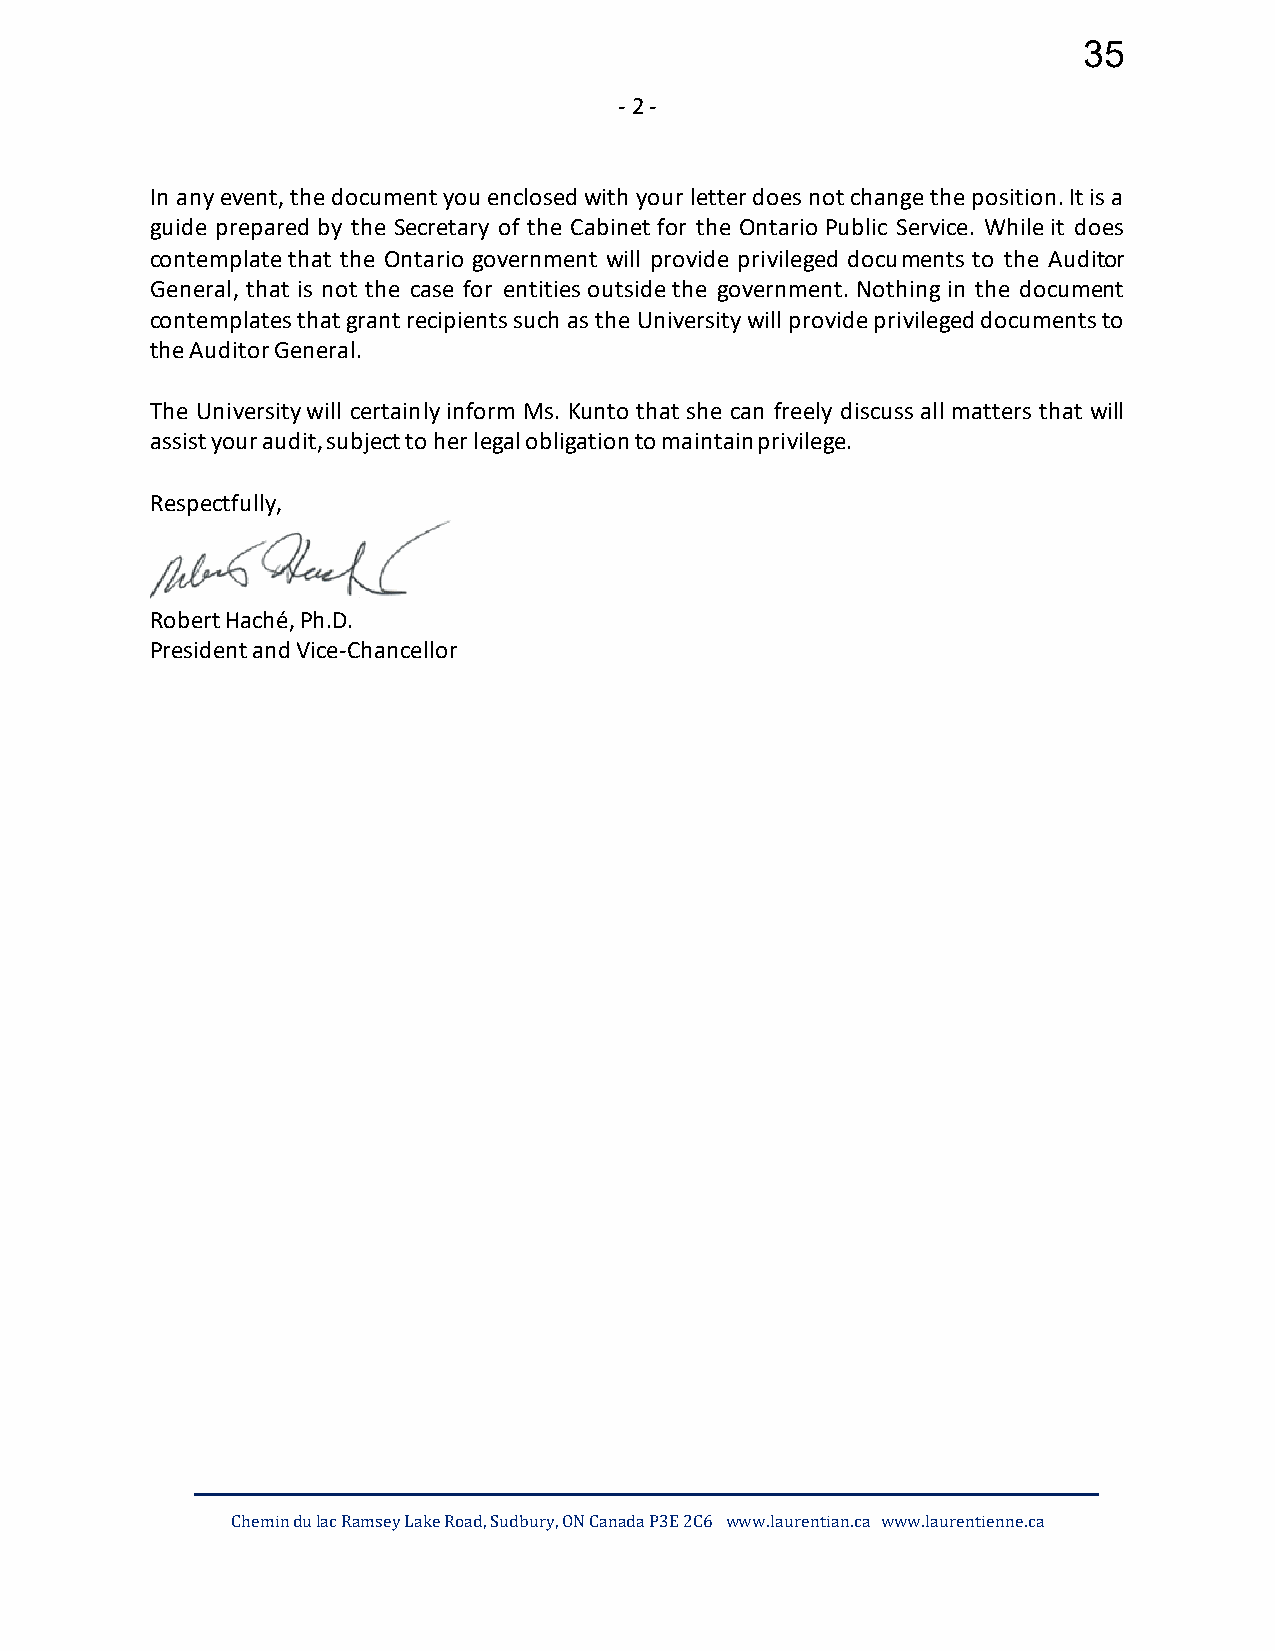
35
 - 2 -
 In any event, the document you enclosed with your letter does not change the position. It is a
 guide prepared by the Secretary of the Cabinet for the Ontario Public Service. While it does
 contemplate that the Ontario government will provide privileged documents to the Auditor
 General, that is not the case for entities outside the government. Nothing in the document
 contemplates that grant recipients such as the University will provide privileged documents to
 the Auditor General.
 The University will certainly inform Ms. Kunto that she can freely discuss all matters that will
 assist your audit, subject to her legal obligation to maintain privilege.
 Respectfully,
 Robert Haché, Ph.D.
 President and Vice-Chancellor
 Chemin du lac Ramsey Lake Road, Sudbury, ON Canada P3E 2C6 www.laurentian.ca www.laurentienne.ca